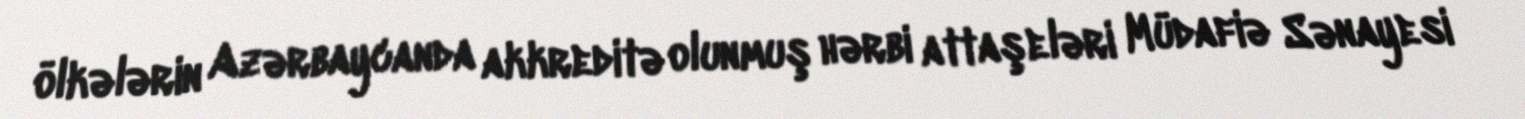
ölkələrin Azərbaycanda akkreditə olunmuş hərbi attaşeləri Müdafiə Sənayesi